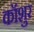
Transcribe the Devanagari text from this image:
कॉशुर